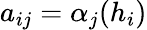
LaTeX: a_{ij}=\alpha_{j}(h_{i})